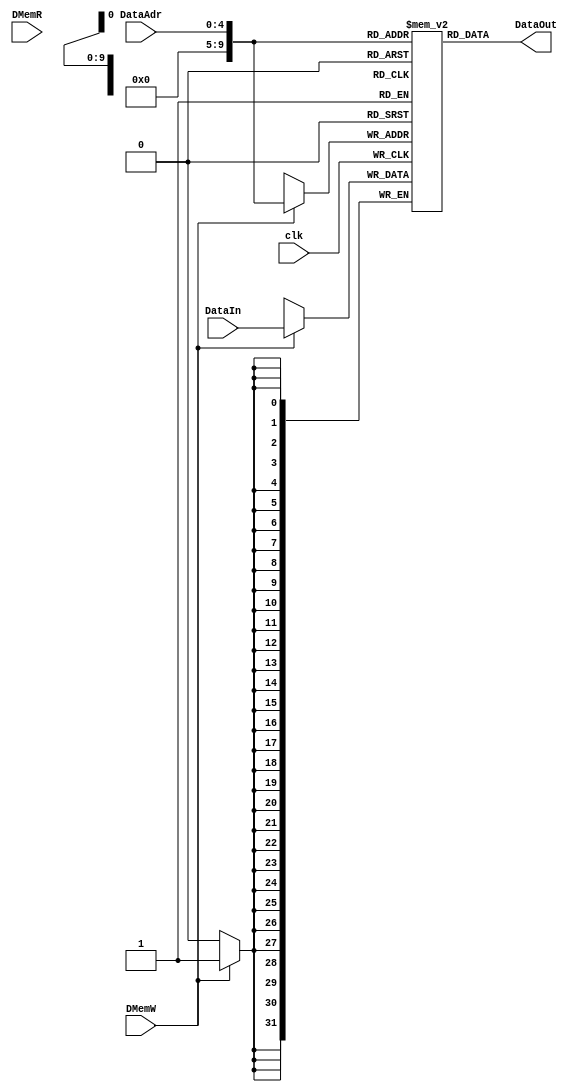

module DMem(DataOut,DataAdr,DataIn,DMemW,DMemR,clk);
	input [4:0] DataAdr;
	input [31:0] DataIn;
	input 		 DMemR;
	input 		 DMemW;
	input 		 clk;
	
	output[31:0] DataOut;
	
	reg [31:0]  DMem[1023:0];
	
	always@(posedge clk)
	begin
		if(DMemW)
			DMem[DataAdr] <= DataIn;
			$display("addr=%8X",DataAdr);//addr to DM
      $display("din=%8X",DataIn);//data to DM
      $display("Mem[00-07]=%8X, %8X, %8X, %8X, %8X, %8X, %8X, %8X",DMem[0],DMem[1],DMem[2],DMem[3],DMem[4],DMem[5],DMem[6],DMem[7]);
	end
	assign DataOut = DMem[DataAdr];
	

    
endmodule